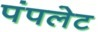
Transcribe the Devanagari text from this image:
पंपलेट